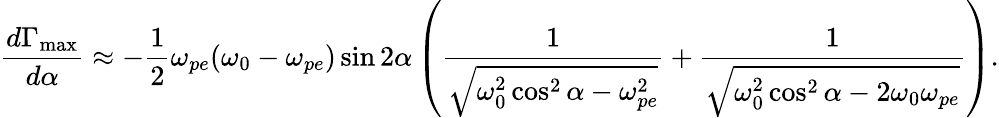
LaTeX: \frac{d\Gamma_{\mathrm{max}}}{d\alpha}\approx-\frac{1}{2}\omega_{pe}(\omega_{0}-\omega_{pe})\sin 2\alpha\left(\frac{1}{\sqrt{\omega_{0}^{2}\cos^{2}\alpha-\omega_{pe}^{2}}}+\frac{1}{\sqrt{\omega_{0}^{2}\cos^{2}\alpha-2\omega_{0}\omega_{pe}}}\right).